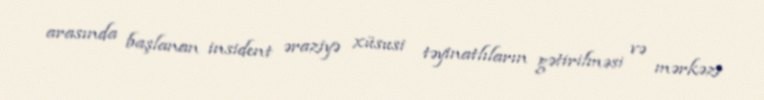
arasında başlanan insident əraziyə xüsusi təyinatlıların gətirilməsi və mərkəzi